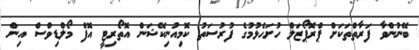
ބޭނުންވާ ފަރާތްތަކަށް ޕްރޮޕޯޒަލް ހުށަހެޅުމުގެ ފުރުސަތު ކޮމިއުނިކޭޝަން އޮތޯރިޓީ އޮފް މޯލްޑިވްސް އިން